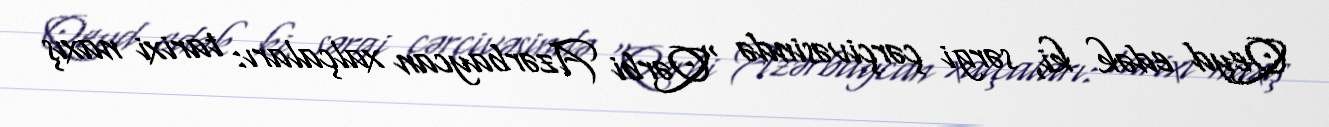
Qeyd edək ki, sərgi çərçivəsində “Qərbi Azərbaycan xalçaları: tarixi naxış